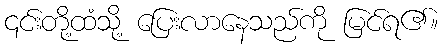
၎င်းတို့ထံသို့ ပြေးလာနေသည်ကို မြင်ရ၏။